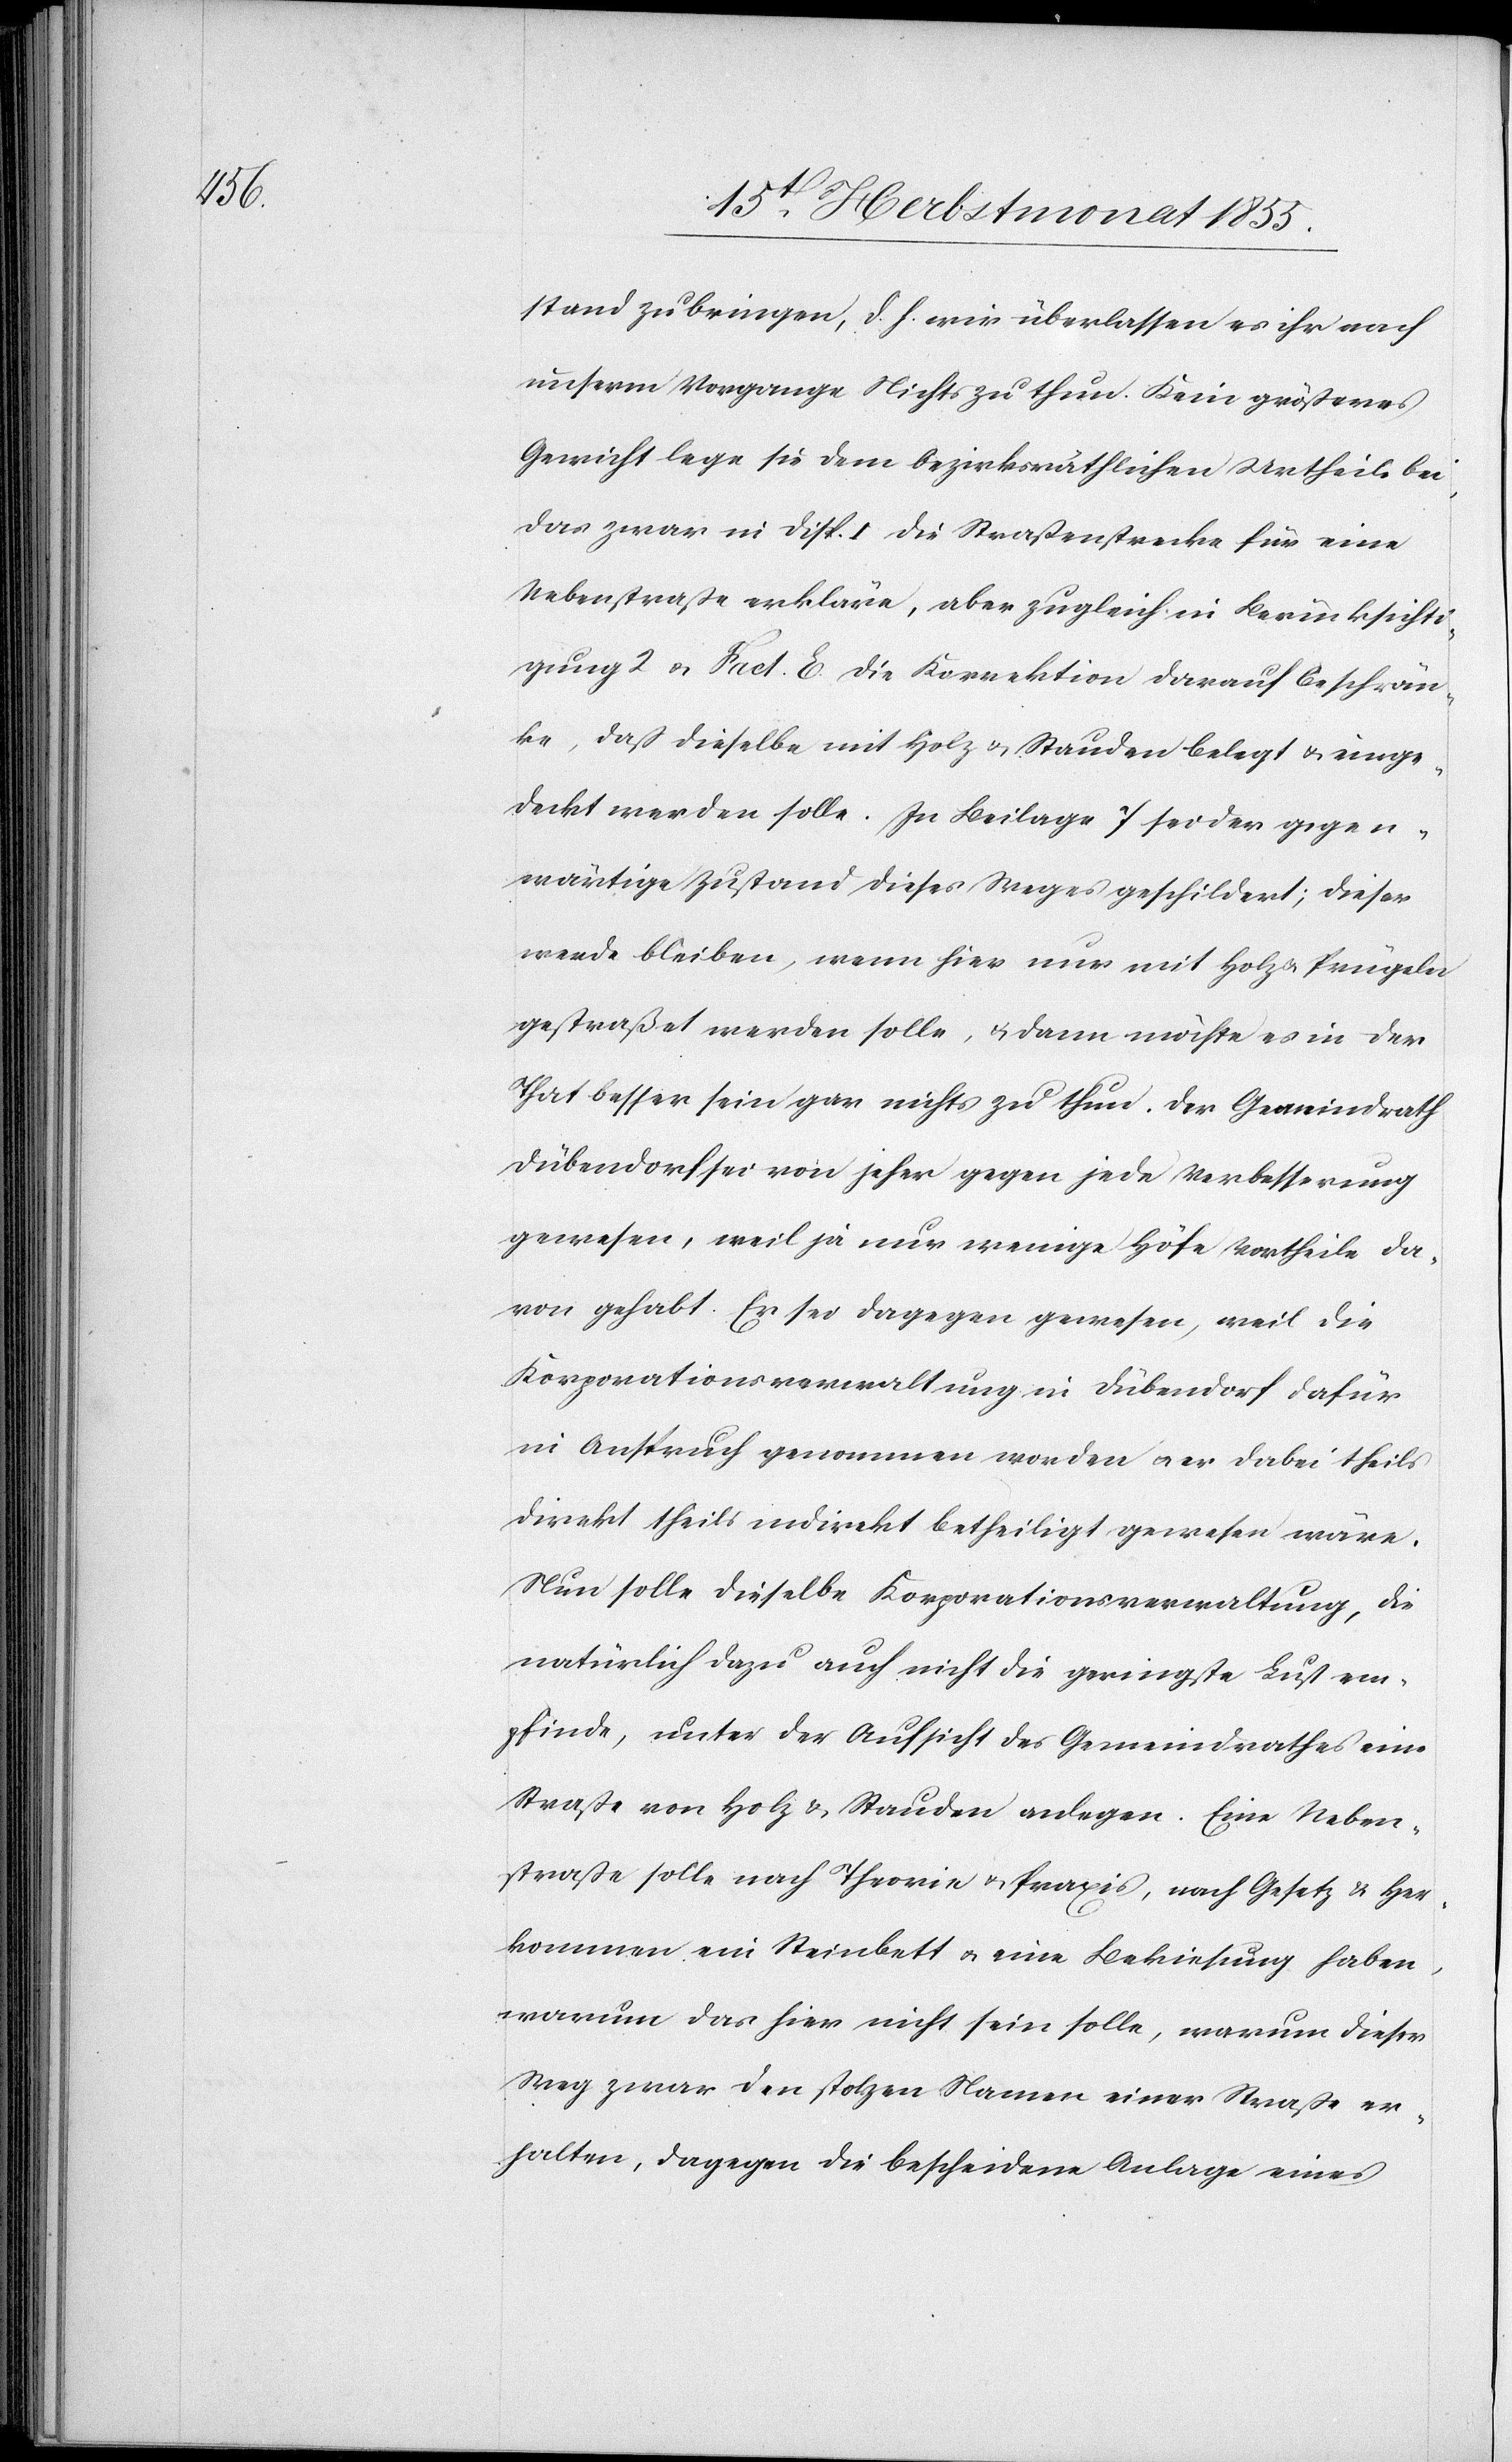
stand zu bringen, d. h. wir überlassen es ihr nach
unserm Vorgange Nichts zu thun. Kein größeres
Gewicht lege sie dem bezirksräthlichen Urtheile bei,
das zwar in Disp. I die Straßenstrecke für eine
Nebenstraße erkläre, aber zugleich in Berücksichti¬
gung 2 & Fact. E. die Korrektion darauf beschrän¬
ke, daß dieselbe mit Holz & Stauden belegt & einge¬
deckt werden solle. In Beilage 7 sei der gegen¬
wärtige Zustand dieses Weges geschildert; dieser
werde bleiben, wenn hier nur mit Holz & Prügeln
gestraßet werden solle, & dann möchte es in der
That besser sein gar nichts zu thun. Der Gemeindrath
Dübendorf sei von jeher gegen jede Verbesserung
gewesen, weil ja nur wenige Höfe Vortheile da¬
von gehabt. Er sei dagegen gewesen, weil die
Korporationsverwaltung in Dübendorf dafür
in Anspruch genommen worden & er dabei theils
direkt theils indirekt betheiligt gewesen wäre.
Nun solle dieselbe Korporationsverwaltung, die
natürlich dazu auch nicht die geringste Lust em¬
pfinde, unter der Aufsicht des Gemeindrathes eine
Straße von Holz & Stauden anlegen. Eine Neben¬
straße solle nach Theorie & Praxis, nach Gesetz & Her¬
kommen ein Steinbett & eine Bekiesung haben,
warum das hier nicht sein solle, warum dieser
Weg zwar den stolzen Namen einer Straße er¬
halten, dagegen die bescheidene Anlage eines